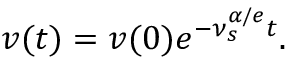
v ( t ) = v ( 0 ) e ^ { - \nu _ { s } ^ { \alpha / e } t } .